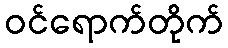
ဝင်ရောက်တိုက်